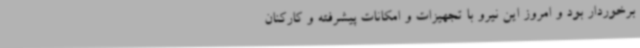
برخوردار بود و امروز این نیرو با تجهیزات و امکانات پیشرفته و کارکنان